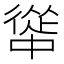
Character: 𭜅